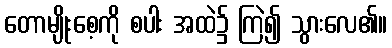
တောမျိုးစေ့ကို စပါး အထဲ၌ ကြဲ၍ သွားလေ၏။